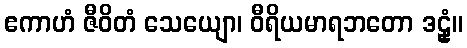
ဧကာဟံ ဇီဝိတံ သေယျော၊ ဝီရိယမာရဘတော ဒဠှံ။